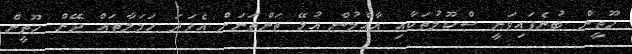
ހޫތީން ބުނެފައިވަނީ ސްކޫލުތަކާއި އާއްމުން އުޅޭ ތަންތަނަށް އެފަދަ ހަމަލާތައް ދޭން ހޫތީން